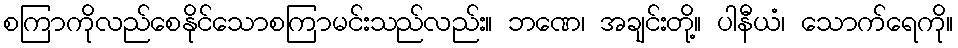
စကြာကိုလည်စေနိုင်သောစကြာမင်းသည်လည်း။ ဘဏေ၊ အချင်းတို့။ ပါနီယံ၊ သောက်ရေကို။